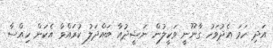
އަދި ހަމަ އެދުވަހު ގާނޫނީ ވަކީލުން ނަޝީދުއާ ބައްދަލު ކުރައްވާ އެކަން ހިއްސާ